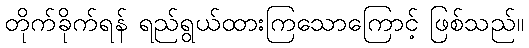
တိုက်ခိုက်ရန် ရည်ရွယ်ထားကြသောကြောင့် ဖြစ်သည်။